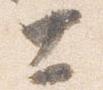
士